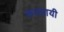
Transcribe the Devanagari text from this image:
कल्लायी